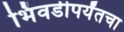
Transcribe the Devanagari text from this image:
भिंवडीपर्यंतचा